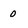
Character: 0